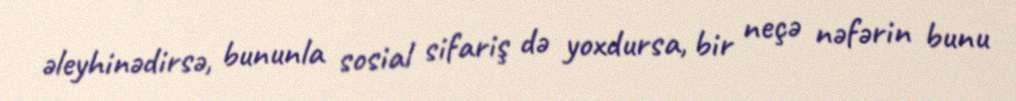
əleyhinədirsə, bununla sosial sifariş də yoxdursa, bir neçə nəfərin bunu